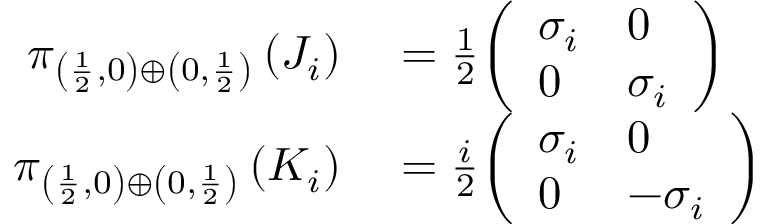
\begin{array} { r l } { \pi _ { \left( { \frac { 1 } { 2 } } , 0 \right) \oplus \left( 0 , { \frac { 1 } { 2 } } \right) } \left( J _ { i } \right) } & { { } = { \frac { 1 } { 2 } } { \left( \begin{array} { l l } { \sigma _ { i } } & { 0 } \\ { 0 } & { \sigma _ { i } } \end{array} \right) } } \\ { \pi _ { \left( { \frac { 1 } { 2 } } , 0 \right) \oplus \left( 0 , { \frac { 1 } { 2 } } \right) } \left( K _ { i } \right) } & { { } = { \frac { i } { 2 } } { \left( \begin{array} { l l } { \sigma _ { i } } & { 0 } \\ { 0 } & { - \sigma _ { i } } \end{array} \right) } } \end{array}